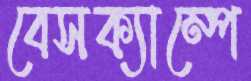
বেসক্যাম্পে